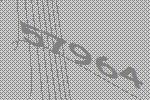
57964